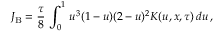
J _ { \mathrm { B } } = { \frac { \tau } { 8 } } \, \int _ { 0 } ^ { 1 } \, u ^ { 3 } ( 1 - u ) ( 2 - u ) ^ { 2 } K ( u , x , \tau ) \, d u \, ,